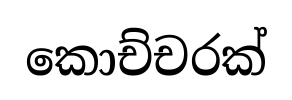
කොච්චරක්